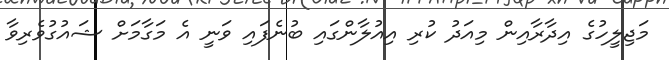
މަޖިލީހުގެ އިދާރާއިން މިއަދު ކުރި އިއުލާންގައި ބުނެފައި ވަނީ އެ މަގާމަށް ޝައުގުވެރިވާ